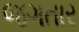
જગતાર